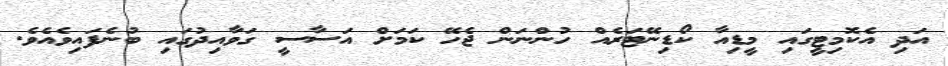
އަދި އެކޮމިޓީގައި މީޑިއާ ކޯޑިނޭޓަރެއް ހުންނަން ޖެހޭ ކަމަށް އަސާސީ ގަވާއިދުގައި ބުނެފައިވެއެވެ.